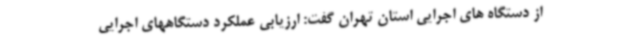
از دستگاه های اجرایی استان تهران گفت: ارزیابی عملکرد دستگاههای اجرایی